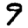
Digit: 9